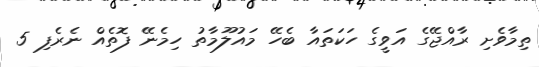
ތިމާވެށި ރާއްޖޭގެ އަވީގެ ހަކަތައާ ބެހޭ މައުލޫމާތު ހިމެނޭ ފޮތެއް ނެރެފި 5